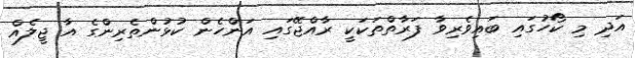
އަދި މި ކޯހުގައި ބައިވެރިވާ ފަރާތްތަކަކީ ރާއްޖޭގައި އަންހެން ކުޅުންތެރިންގެ އާ ޖީލެއް